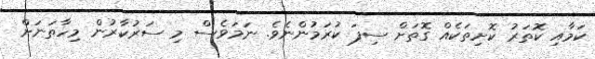
ކަމާއި ކޮތަރު ކޮށިތަކެއް ގޮތަށް ސިފަ ކުރަމުންނެވެ. ނަމަވެސް މި ސަރުކާރުން މިހާތަނަށް